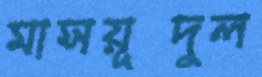
মাসয়ূদুল